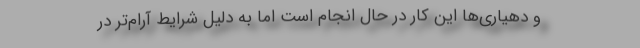
و دهیاری‌ها این کار در حال انجام است اما به دلیل شرایط آرام‌تر در